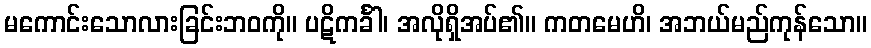
မကောင်းသောလားခြင်းဘဝကို။ ပဋိကင်္ခါ၊ အလိုရှိအပ်၏။ ကတမေဟိ၊ အဘယ်မည်ကုန်သော။